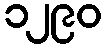
၁၂၉၀